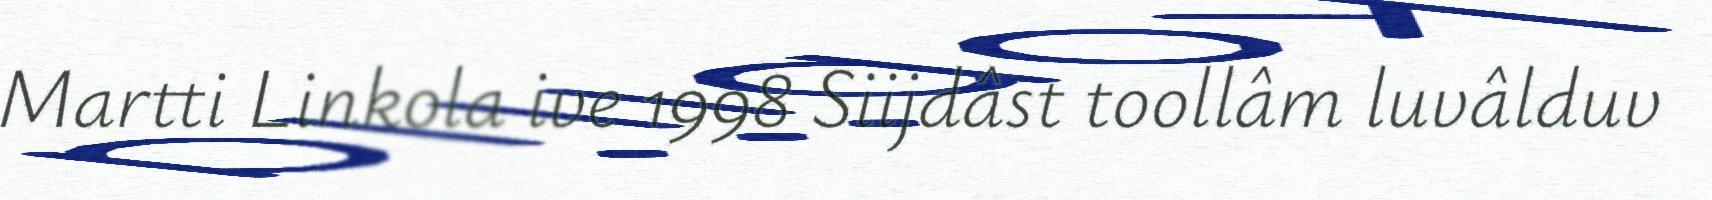
Martti Linkola ive 1998 Siijdâst toollâm luvâlduv